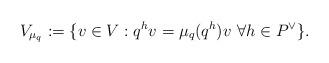
LaTeX: \begin{align*}V_{\mu_q} := \{ v \in V : q^h v = \mu_q(q^h) v\ \forall h \in P^\vee \}.\end{align*}